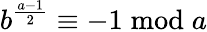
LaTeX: b^{\frac{a-1}{2}}\equiv-1{\bmod{a}}